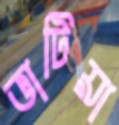
ভাটিয়া